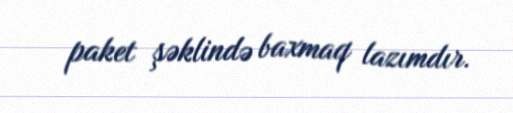
paket şəklində baxmaq lazımdır.